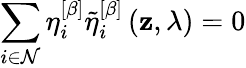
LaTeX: \sum_{i\in\mathcal{N}}\eta_{i}^{\left[\beta\right]}\widetilde{\eta}_{i}^{\left[\beta\right]}\left(\mathbf{z},\lambda\right)=0